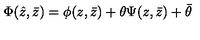
\Phi ( \hat { z } , \bar { z } ) = \phi ( z , \bar { z } ) + \theta \Psi ( z , \bar { z } ) + \bar { \theta }